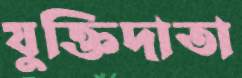
যুক্তিদাতা